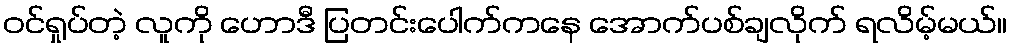
ဝင်ရှုပ်တဲ့ လူကို ဟောဒီ ပြတင်းပေါက်ကနေ အောက်ပစ်ချလိုက် ရလိမ့်မယ်။